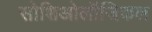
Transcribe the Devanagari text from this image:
सोशिओलॉजिकल